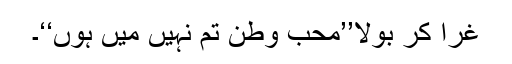
غرا کر بولا’’محب وطن تم نہیں میں ہوں‘‘۔